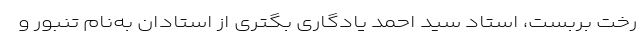
رخت بربست، استاد سید احمد یادگاری بگتری از استادان به‌نام تنبور و